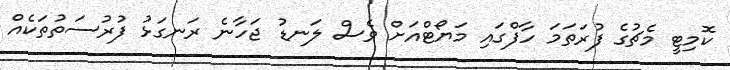
ކޮމިޓީ މެޗުގެ ފުރަތަމަ ހާފްގައި މަޔޯޓްއަށް ވެސް ލަނޑު ޖަހާނެ ރަނގަޅު ފުރުސަތުތަކެއް